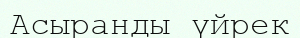
Асыранды үйрек